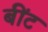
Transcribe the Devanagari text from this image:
बींट